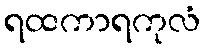
ရထကာရကုလံ